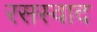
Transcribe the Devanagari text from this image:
रसस्वाद